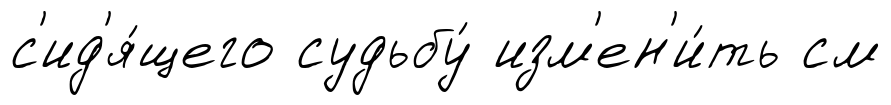
с'ид'я́щего судьбу́ изм'ен'и́ть см